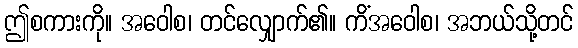
ဤစကားကို။ အဝေါစ၊ တင်လျှောက်၏။ ကိံအဝေါစ၊ အဘယ်သို့တင်